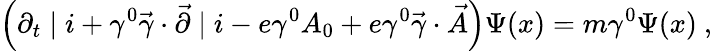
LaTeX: \left(\partial_{t}\mid i+\gamma^{0}\vec{\gamma}\cdot\vec{\partial}\mid i-e\gamma^{0}A_{0}+e\gamma^{0}\vec{\gamma}\cdot\vec{A}\right)\Psi(x)=m\gamma^{0}\Psi(x)~,